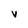
Character: v